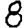
Digit: 8